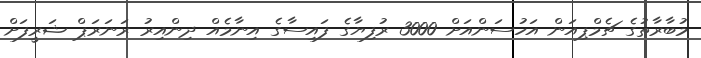
މުބާރާތުގެ ޗެމްޕިއަން އަހުސަންއަށް 3000 ރުފިޔާގެ ފައިސާގެ އިނާމެއް ދިންއިރު ރަނަރަޕް ޝަރީފަށް